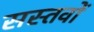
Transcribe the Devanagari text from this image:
सस्तवों